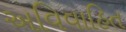
અવિવાહિત